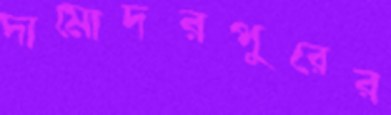
দামোদরপুরের